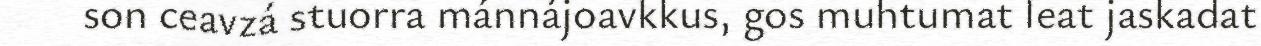
son ceavzá stuorra mánnájoavkkus, gos muhtumat leat jaskadat